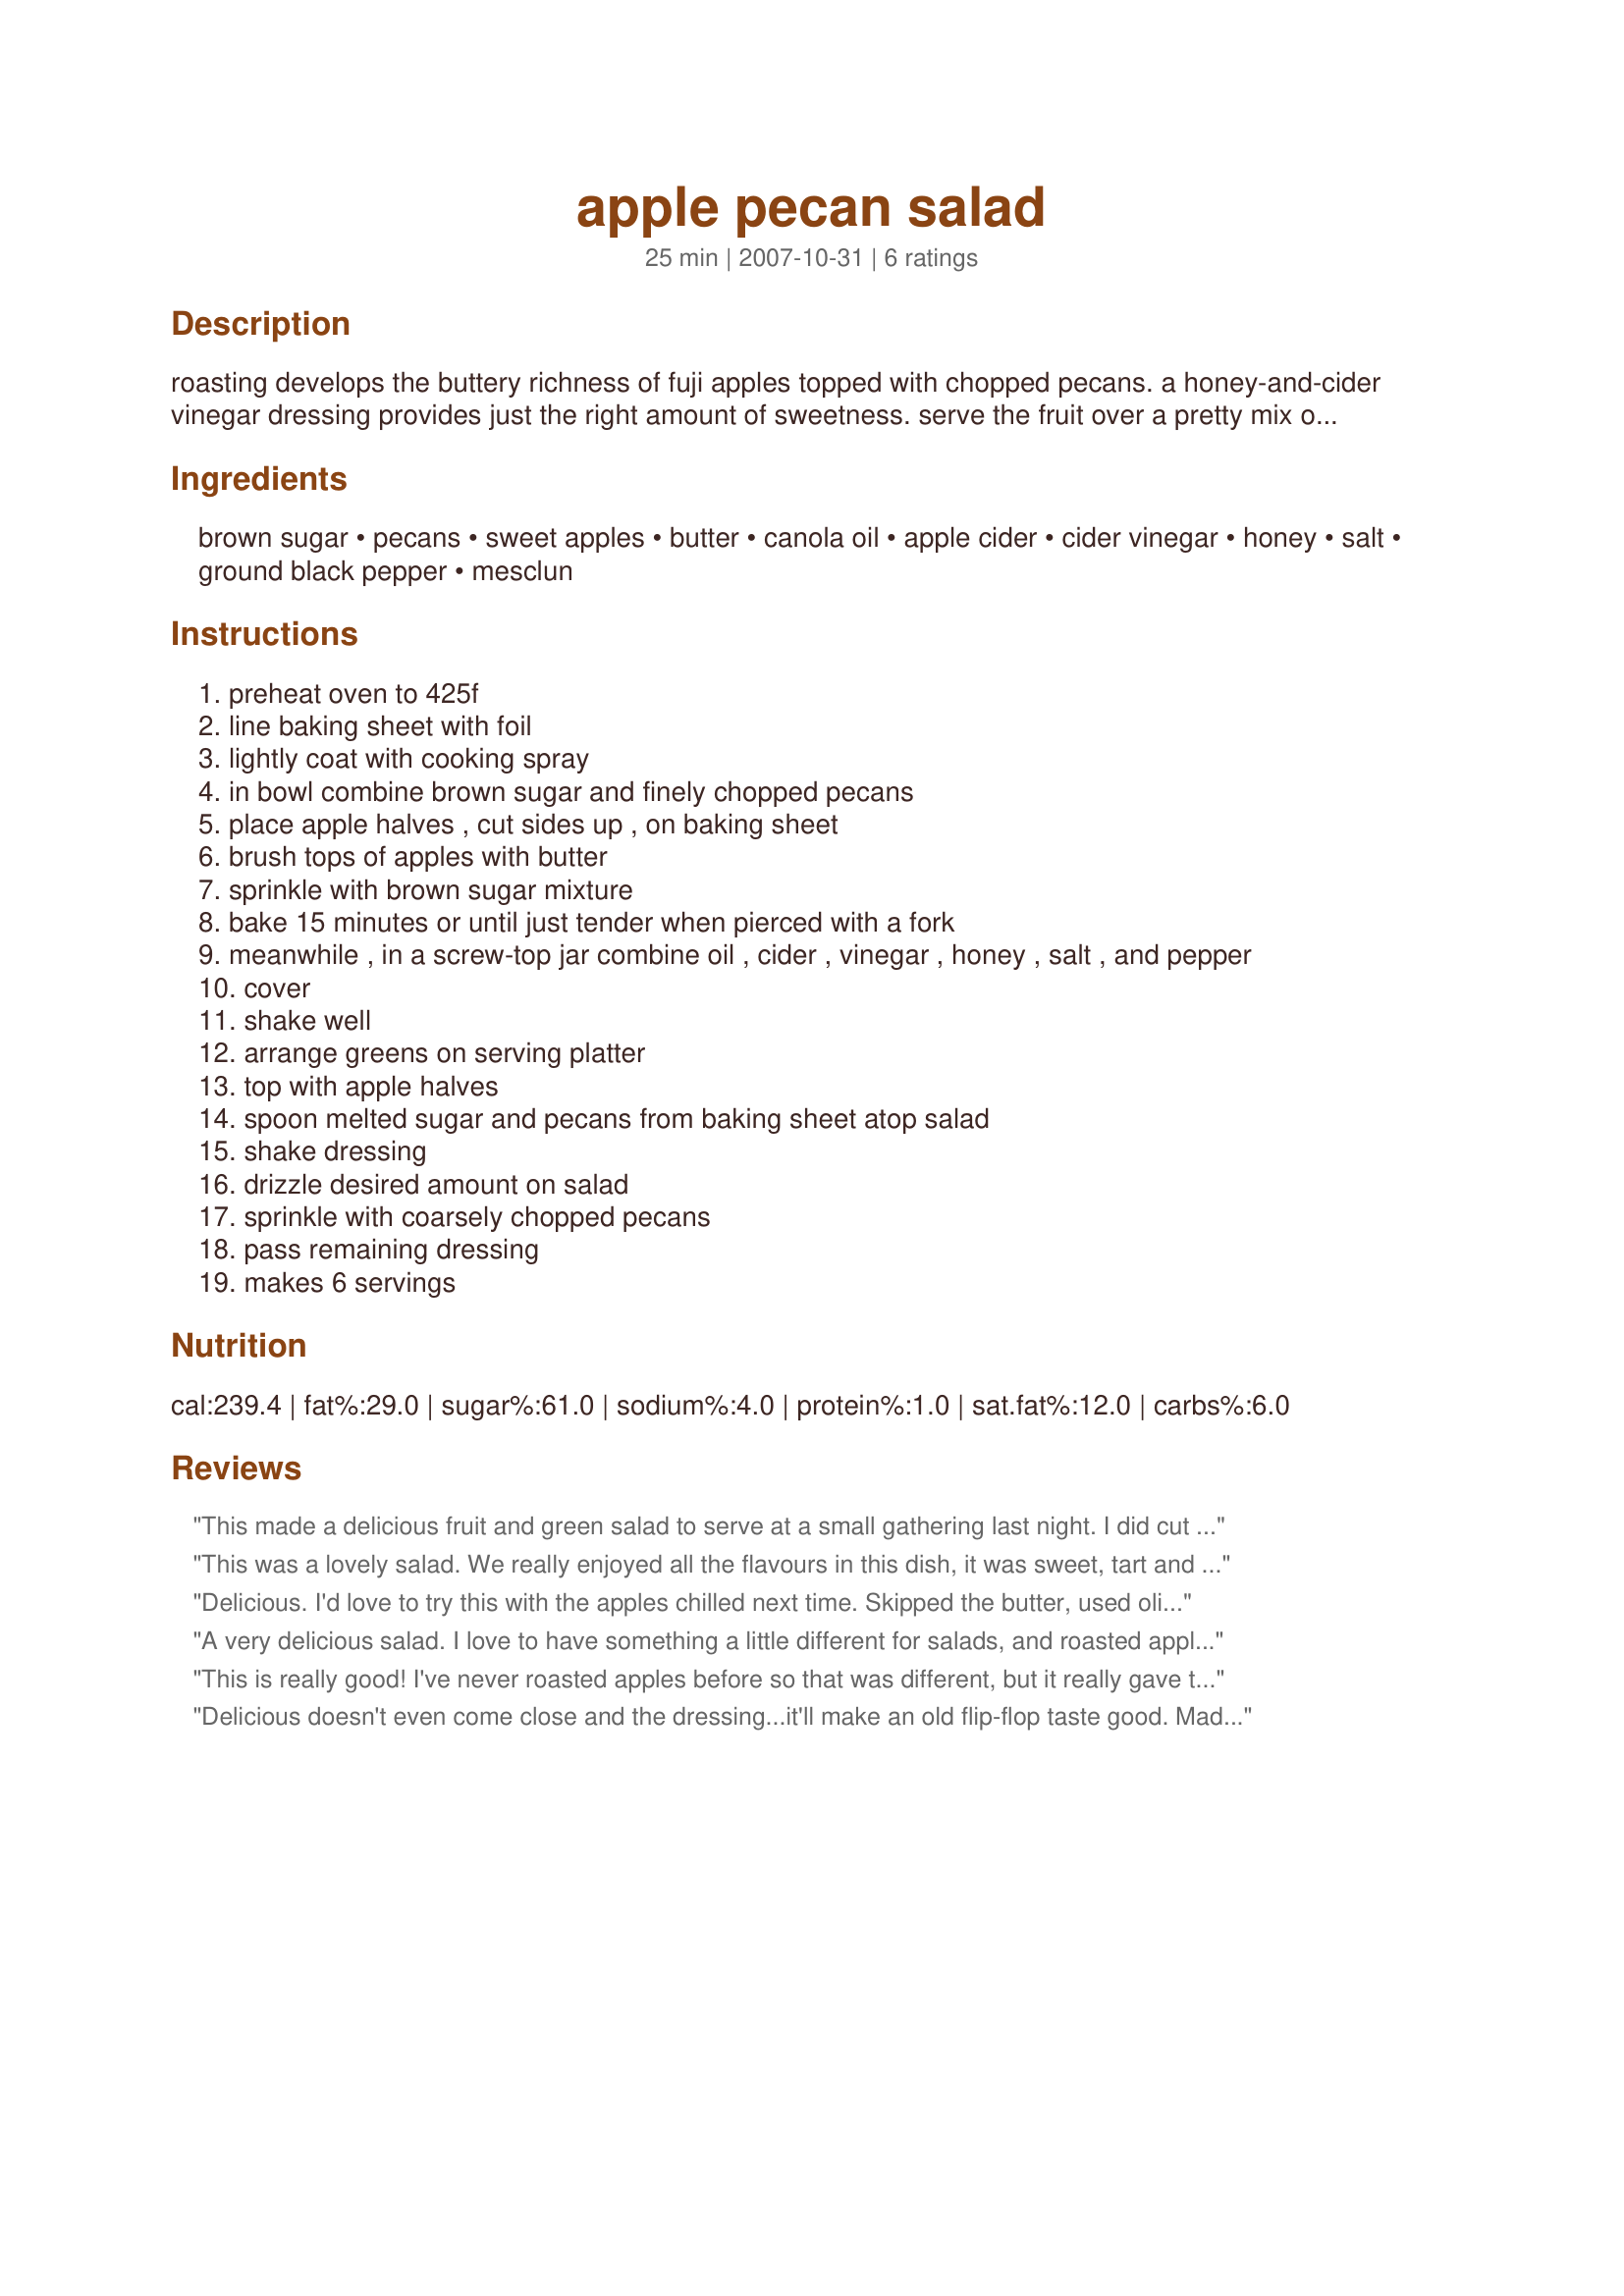
apple pecan salad
Preparation time: 25 minutes

roasting develops the buttery richness of fuji apples topped with chopped pecans. a honey-and-cider vinegar dressing provides just the right amount of sweetness. serve the fruit over a pretty mix of oak leaf and butter lettuces.

Ingredients:
brown sugar, pecans, sweet apples, butter, canola oil, apple cider, cider vinegar, honey, salt, ground black pepper, mesclun

Steps:
preheat oven to 425f
line baking sheet with foil
lightly coat with cooking spray
in bowl combine brown sugar and finely chopped pecans
place apple halves , cut sides up , on baking sheet
brush tops of apples with butter
sprinkle with brown sugar mixture
bake 15 minutes or until just tender when pierced with a fork
meanwhile , in a screw-top jar combine oil , cider , vinegar , honey , salt , and pepper
cover
shake well
arrange greens on serving platter
top with apple halves
spoon melted sugar and pecans from baking sheet atop salad
shake dressing
drizzle desired amount on salad
sprinkle with coarsely chopped pecans
pass remaining dressing
makes 6 servings

Reviews:
This made a delicious fruit and green salad to serve at a small gathering last night. I did cut the apples in fourths instead of leaving whole halves as I was running short on time. The greens were a spring mix.
This was a lovely salad. We really enjoyed all the flavours in this dish, it was sweet, tart and tangy, a taste treat. The dressing complimented the candied apples, pecans and lettuce perfectly. I used romain lettuce hearts and didn't toast my pecans. Thanks so much for sharing Annacia.
Delicious. I'd love to try this with the apples chilled next time. Skipped the butter, used olive oil in the dressing and cider became apple juice.
A very delicious salad. I love to have something a little different for salads, and roasted apples is a great choice. Made with hearts of romaine. Thanks, Annacia!
This is really good! I've never roasted apples before so that was different, but it really gave this salad so much flavor. I also prefer my apples cooked so that was wonderful. Thanks for sharing. Made for 1-2-3 Tag.
Delicious doesn't even come close and the dressing...it'll make an old flip-flop taste good. Made for Zaar Stars Tag.
